Language: tamil
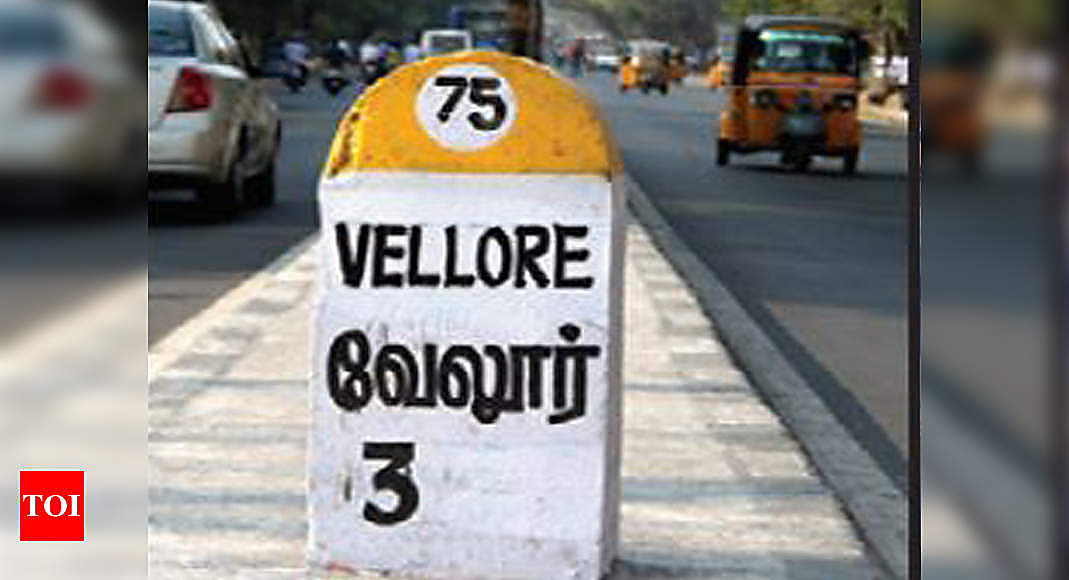
Transcription: வேலூர்